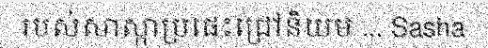
របស់សាស្កាប្រផេះជ្រៅនិយម ... Sasha